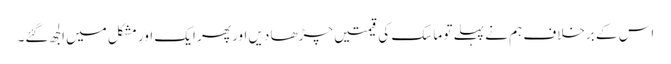
اس کے برخلاف ہم نے پہلے تو ماسک کی قیمتیں چڑھا دیں اور پھر ایک اور مشکل میں الجھ گئے۔